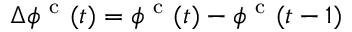
\Delta \phi ^ { \mathrm { ~ c ~ } } ( t ) = \phi ^ { \mathrm { ~ c ~ } } ( t ) - \phi ^ { \mathrm { ~ c ~ } } ( t - 1 )